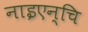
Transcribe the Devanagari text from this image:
नाइएन्चि